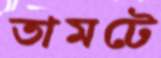
তামটে